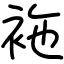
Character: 袘